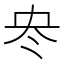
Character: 𠖼